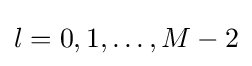
l=0,1,\ldots ,M-2